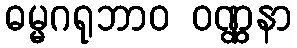
ဓမ္မဂရုဘာဝ ဝဏ္ဏနာ